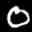
Label: 0